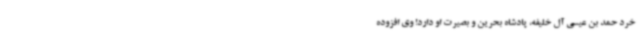
خرد حمد بن عیسی آل خلیفه، پادشاه بحرین و بصیرت او دارد! وی افزوده